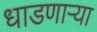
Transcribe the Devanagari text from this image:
धाडणार्‍या